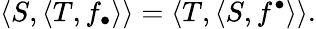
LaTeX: \langle S,\langle T,f_{\bullet}\rangle\rangle=\langle T,\langle S,f^{\bullet}\rangle\rangle.